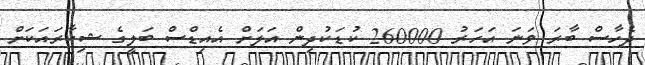
ދެހާސް ބާރަ ވަނަ އަހަރު 260000 ކުޑަކުދިން އަލަށް އެއިޑްސް ބަލީގެ ޝިކާރައަކަށް